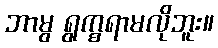
ဘာမွ ရွက္စရာမလိုဘူး။